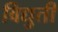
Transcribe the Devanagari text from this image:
विद्युती